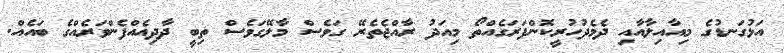
އަޅުގަނޑުގެ މިއާއިލާއާއި ދެމެދުހުރީކޮންފަރަގެއްތޯ މިއަދު ރާއްޖެތެރޭ ގަވެސް މާލޭގަވެސް ތިބީ ދާދިއެއްފެންވަރެއްގެ ބައެއް.